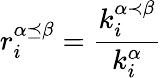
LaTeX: r_{i}^{\alpha\preceq\beta}=\frac{k_{i}^{\alpha\prec\beta}}{k_{i}^{\alpha}}